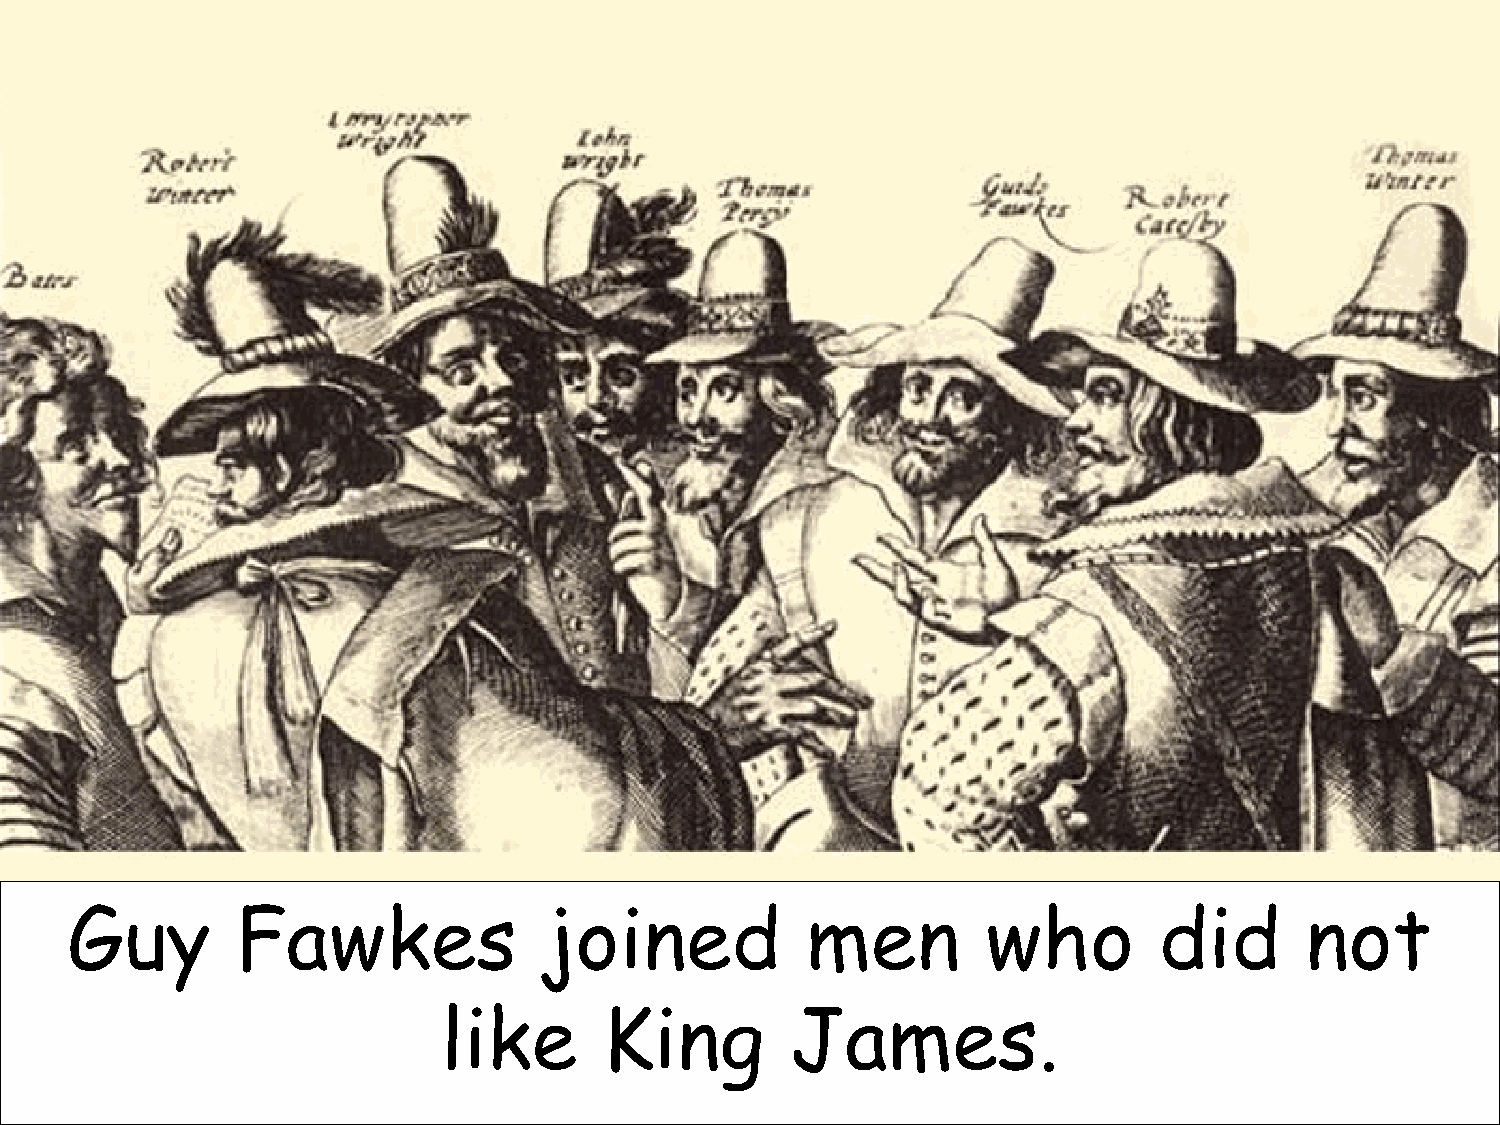
Guy         Fawkes              joined           men         who         did      not
 like       King        James.